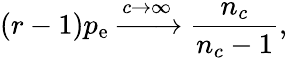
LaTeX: (r-1)p_{\mathrm{e}}\xrightarrow[]{c\rightarrow\infty}\frac{n_{c}}{n_{c}-1},